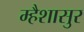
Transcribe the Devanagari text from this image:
म्हैशासुर